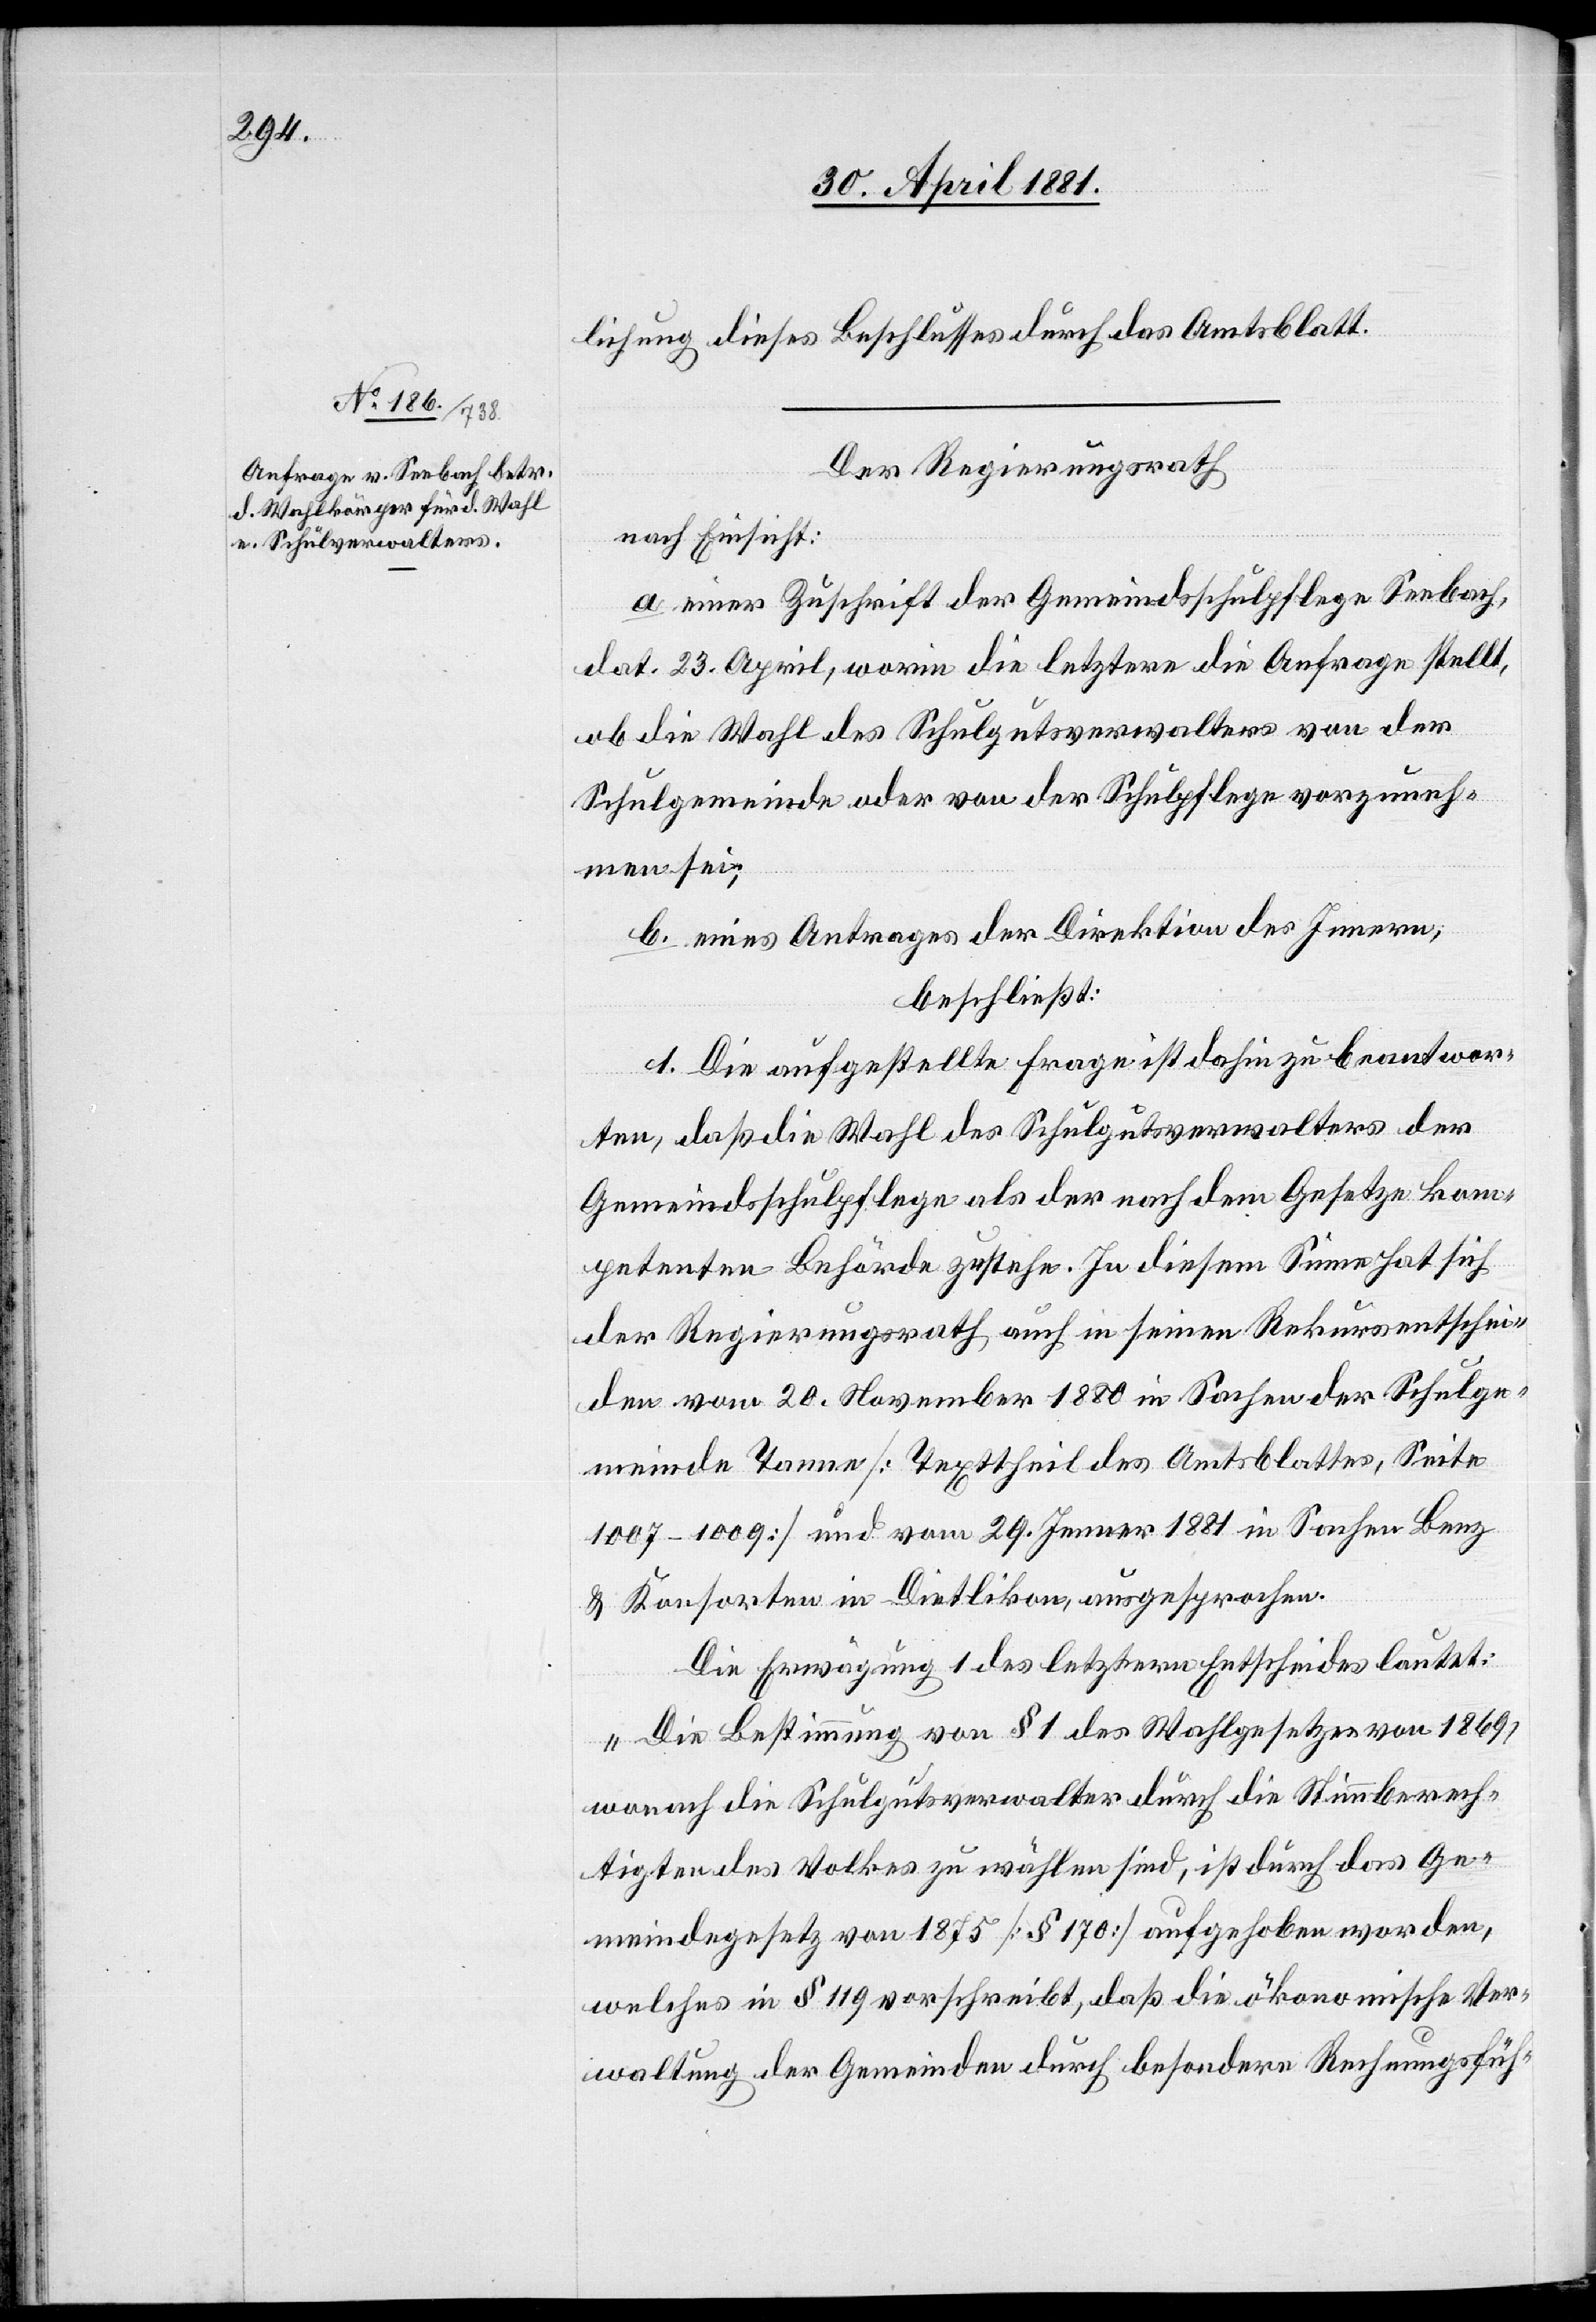
lichung dieses Beschlusses durch das Amtsblatt.